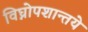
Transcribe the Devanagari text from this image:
विघ्नोपशान्तये